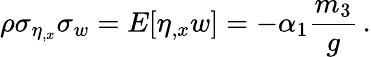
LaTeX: \rho\sigma_{\eta_{,x}}\sigma_{w}=E[\eta_{,x}w]=-\alpha_{1}\frac{m_{3}}{g}\, .